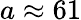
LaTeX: a\approx 61